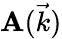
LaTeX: \mathbf{A}(\vec{{k}})